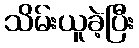
သိမ်းယူခဲ့ပြီး